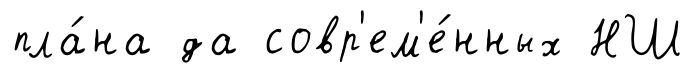
пла́на да совр'ем'е́нных НШ